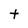
Character: t